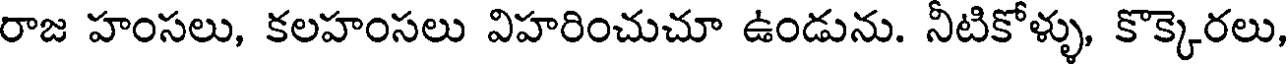
రాజ హంసలు, కలహంసలు విహరించుచూ ఉండును. నీటికోళ్ళు, కొక్కెరలు,